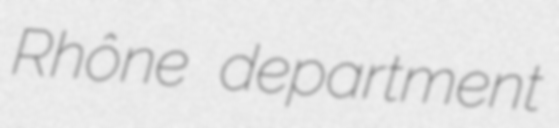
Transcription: Rhône department